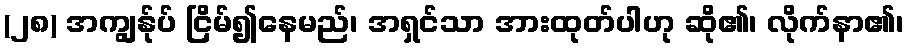
(၂၈) အကျွန်ုပ် ငြိမ်၍နေမည်၊ အရှင်သာ အားထုတ်ပါဟု ဆို၏၊ လိုက်နာ၏၊